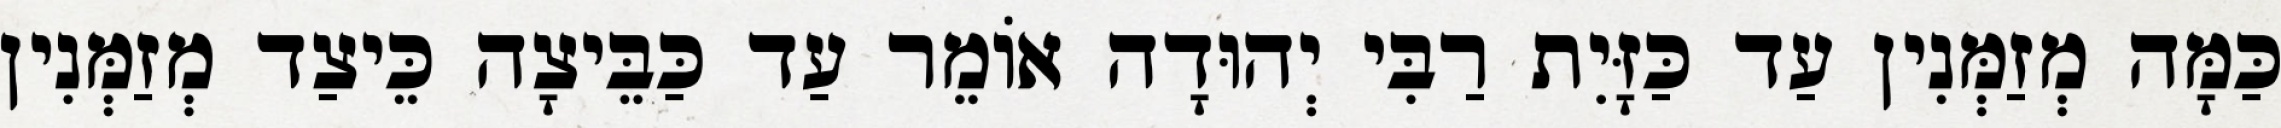
כַּמָּה מְזַמְּנִין עַד כַּזָּיִת רַבִּי יְהוּדָה אוֹמֵר עַד כַּבֵּיצָה כֵּיצַד מְזַמְּנִין